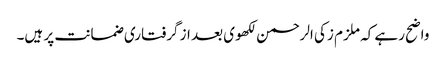
واضح رہے کہ ملزم زکی الرحمن لکھوی بعد از گرفتاری ضمانت پر ہیں۔